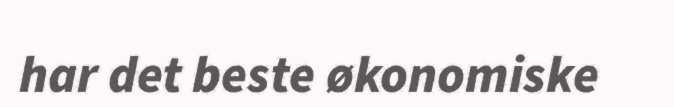
har det beste økonomiske